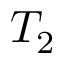
T _ { 2 }